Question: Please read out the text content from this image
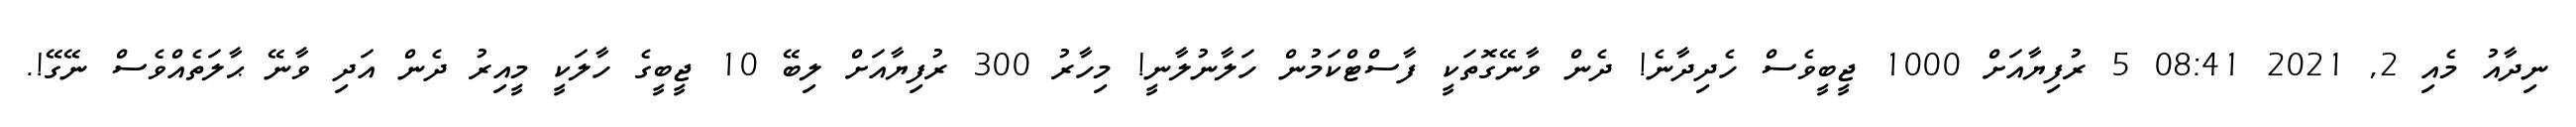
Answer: ނިދާއު މެއި 2, 2021 08:41 5 ރުފިޔާއަށް 1000 ޖީބީވެސް ހެދިދާނެ! ދެން ވާނޭގޮތަކީ ފާސްޓްކަމުން ހަލާނުލާނީ! މިހާރު 300 ރުފިޔާއަށް ލިބޭ 10 ޖީބީގެ ހާލަކީ މީއިރު ދެން އަދި ވާނޭ ޙާލަތެއްވެސް ނޭގޭ!.